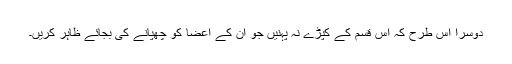
دوسرا اس طرح کہ اس قسم کے کپڑے نہ پہنیں جو ان کے اعضا کو چھپانے کی بجائے ظاہر کریں۔